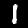
Digit: 1